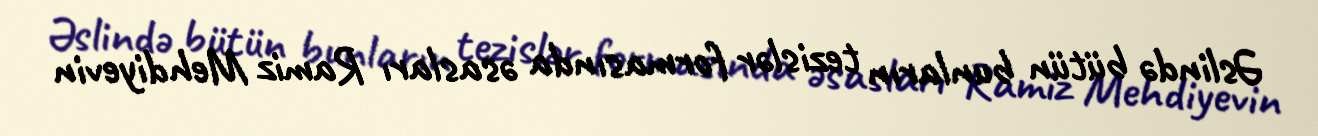
Əslində bütün bunların tezislər formasında əsasları Ramiz Mehdiyevin